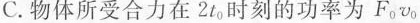
C.物体所受合力在2t_{0}时刻的功率为F_{0}v_{0}